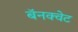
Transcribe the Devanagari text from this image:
बॅनक्वेट